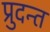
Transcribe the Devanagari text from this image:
प्रुदन्त